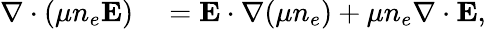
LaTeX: \begin{array}{rl}{\nabla\cdot(\mu n_{e}{\mathbf E})}&{{}={\mathbf E}\cdot\nabla(\mu n_{e})+\mu n_{e}\nabla\cdot{\mathbf E},}\end{array}